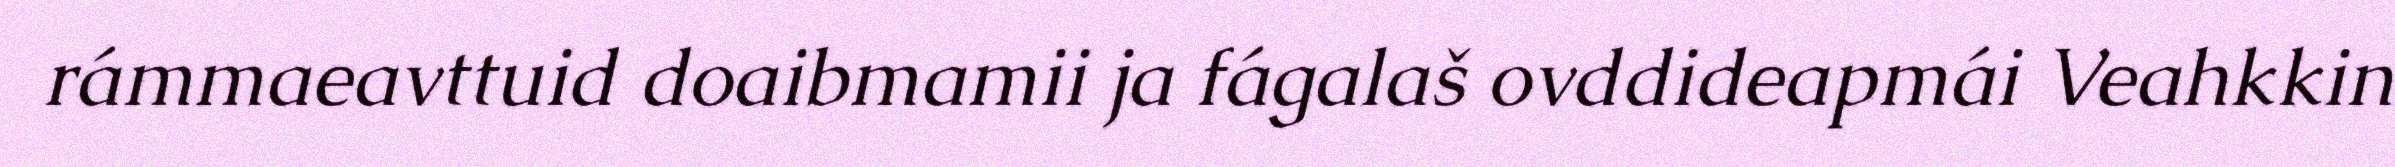
rámmaeavttuid doaibmamii ja fágalaš ovddideapmái Veahkkin